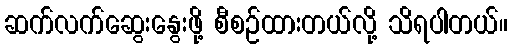
ဆက်လက်ဆွေးနွေးဖို့ စီစဉ်ထားတယ်လို့ သိရပါတယ်။